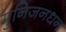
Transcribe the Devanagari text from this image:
मुनिजनधन